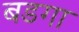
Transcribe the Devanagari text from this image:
बडगा